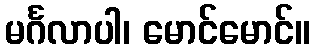
မင်္ဂလာပါ၊ မောင်မောင်။